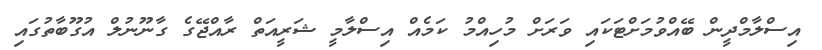
އިސްލާމްދީން ބޭއްވުމަށްޓަކައި ވަރަށް މުހިއްމު ކަމެއް އިސްލާމީ ޝަރީއަތް ރާއްޖޭގެ ގާނޫނުލް އުގޫބާތުގައި